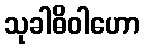
သုခါဓိဝါဟော